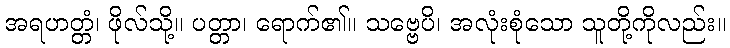
အရဟတ္တံ၊ ဖိုလ်သို့။ ပတ္တာ၊ ရောက်၏။ သဗ္ဗေပိ၊ အလုံးစုံသော သူတို့ကိုလည်း။